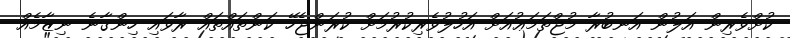
ކުށްވެރިން އަލުން އަނބުރާ މުޖްތަމަޢުއަށް އަހުލުވެރިކުރުމަށް ކުރަންޖެހޭ ކަންތައްތައް ރާވައި ހިންގާނެ ނިޒާމެއް